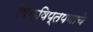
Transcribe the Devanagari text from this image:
विक्षिप्तपणाचे